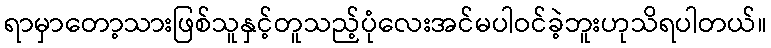
ရာမှာတော့သားဖြစ်သူနှင့်တူသည့်ပုံလေးအင်မပါဝင်ခဲ့ဘူးဟုသိရပါတယ်။